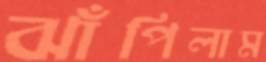
ঝাঁপিলাম